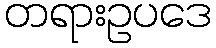
တရားဥပဒေ